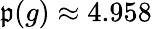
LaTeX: \mathfrak{p}(g)\approx4.958